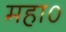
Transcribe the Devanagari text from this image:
महा०